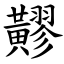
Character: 䵏